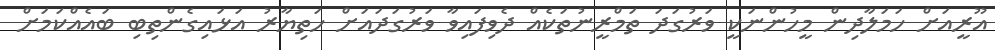
އޫރީއަށް ހަމަލާދިން މީހުންނަކީ ވަރުގަދަ ތަމްރީނުތަކެއް ދެވިފައިވާ ވަރުގަދައަށް ހަތިޔާރު އަޅައިގެންތިބި ބައެއްކަމަށް